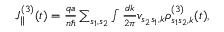
\begin{array} { r } { J _ { \parallel } ^ { ( 3 ) } ( t ) = \frac { q a } { n \hbar } \sum _ { s _ { 1 } , s _ { 2 } } \int \frac { d k } { 2 \pi } v _ { s _ { 2 } s _ { 1 } , k } \rho _ { s _ { 1 } s _ { 2 } , k } ^ { ( 3 ) } ( t ) , } \end{array}